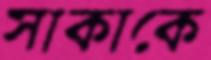
সাকাকে